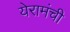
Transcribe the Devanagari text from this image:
येरामंची